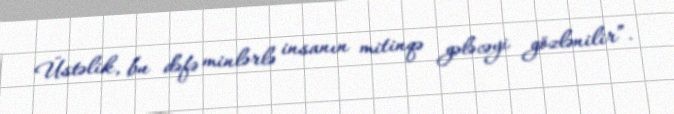
Üstəlik, bu dəfə minlərlə insanın mitinqə gələcəyi gözlənilir”.